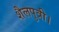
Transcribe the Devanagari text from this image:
शैलपुत्री।